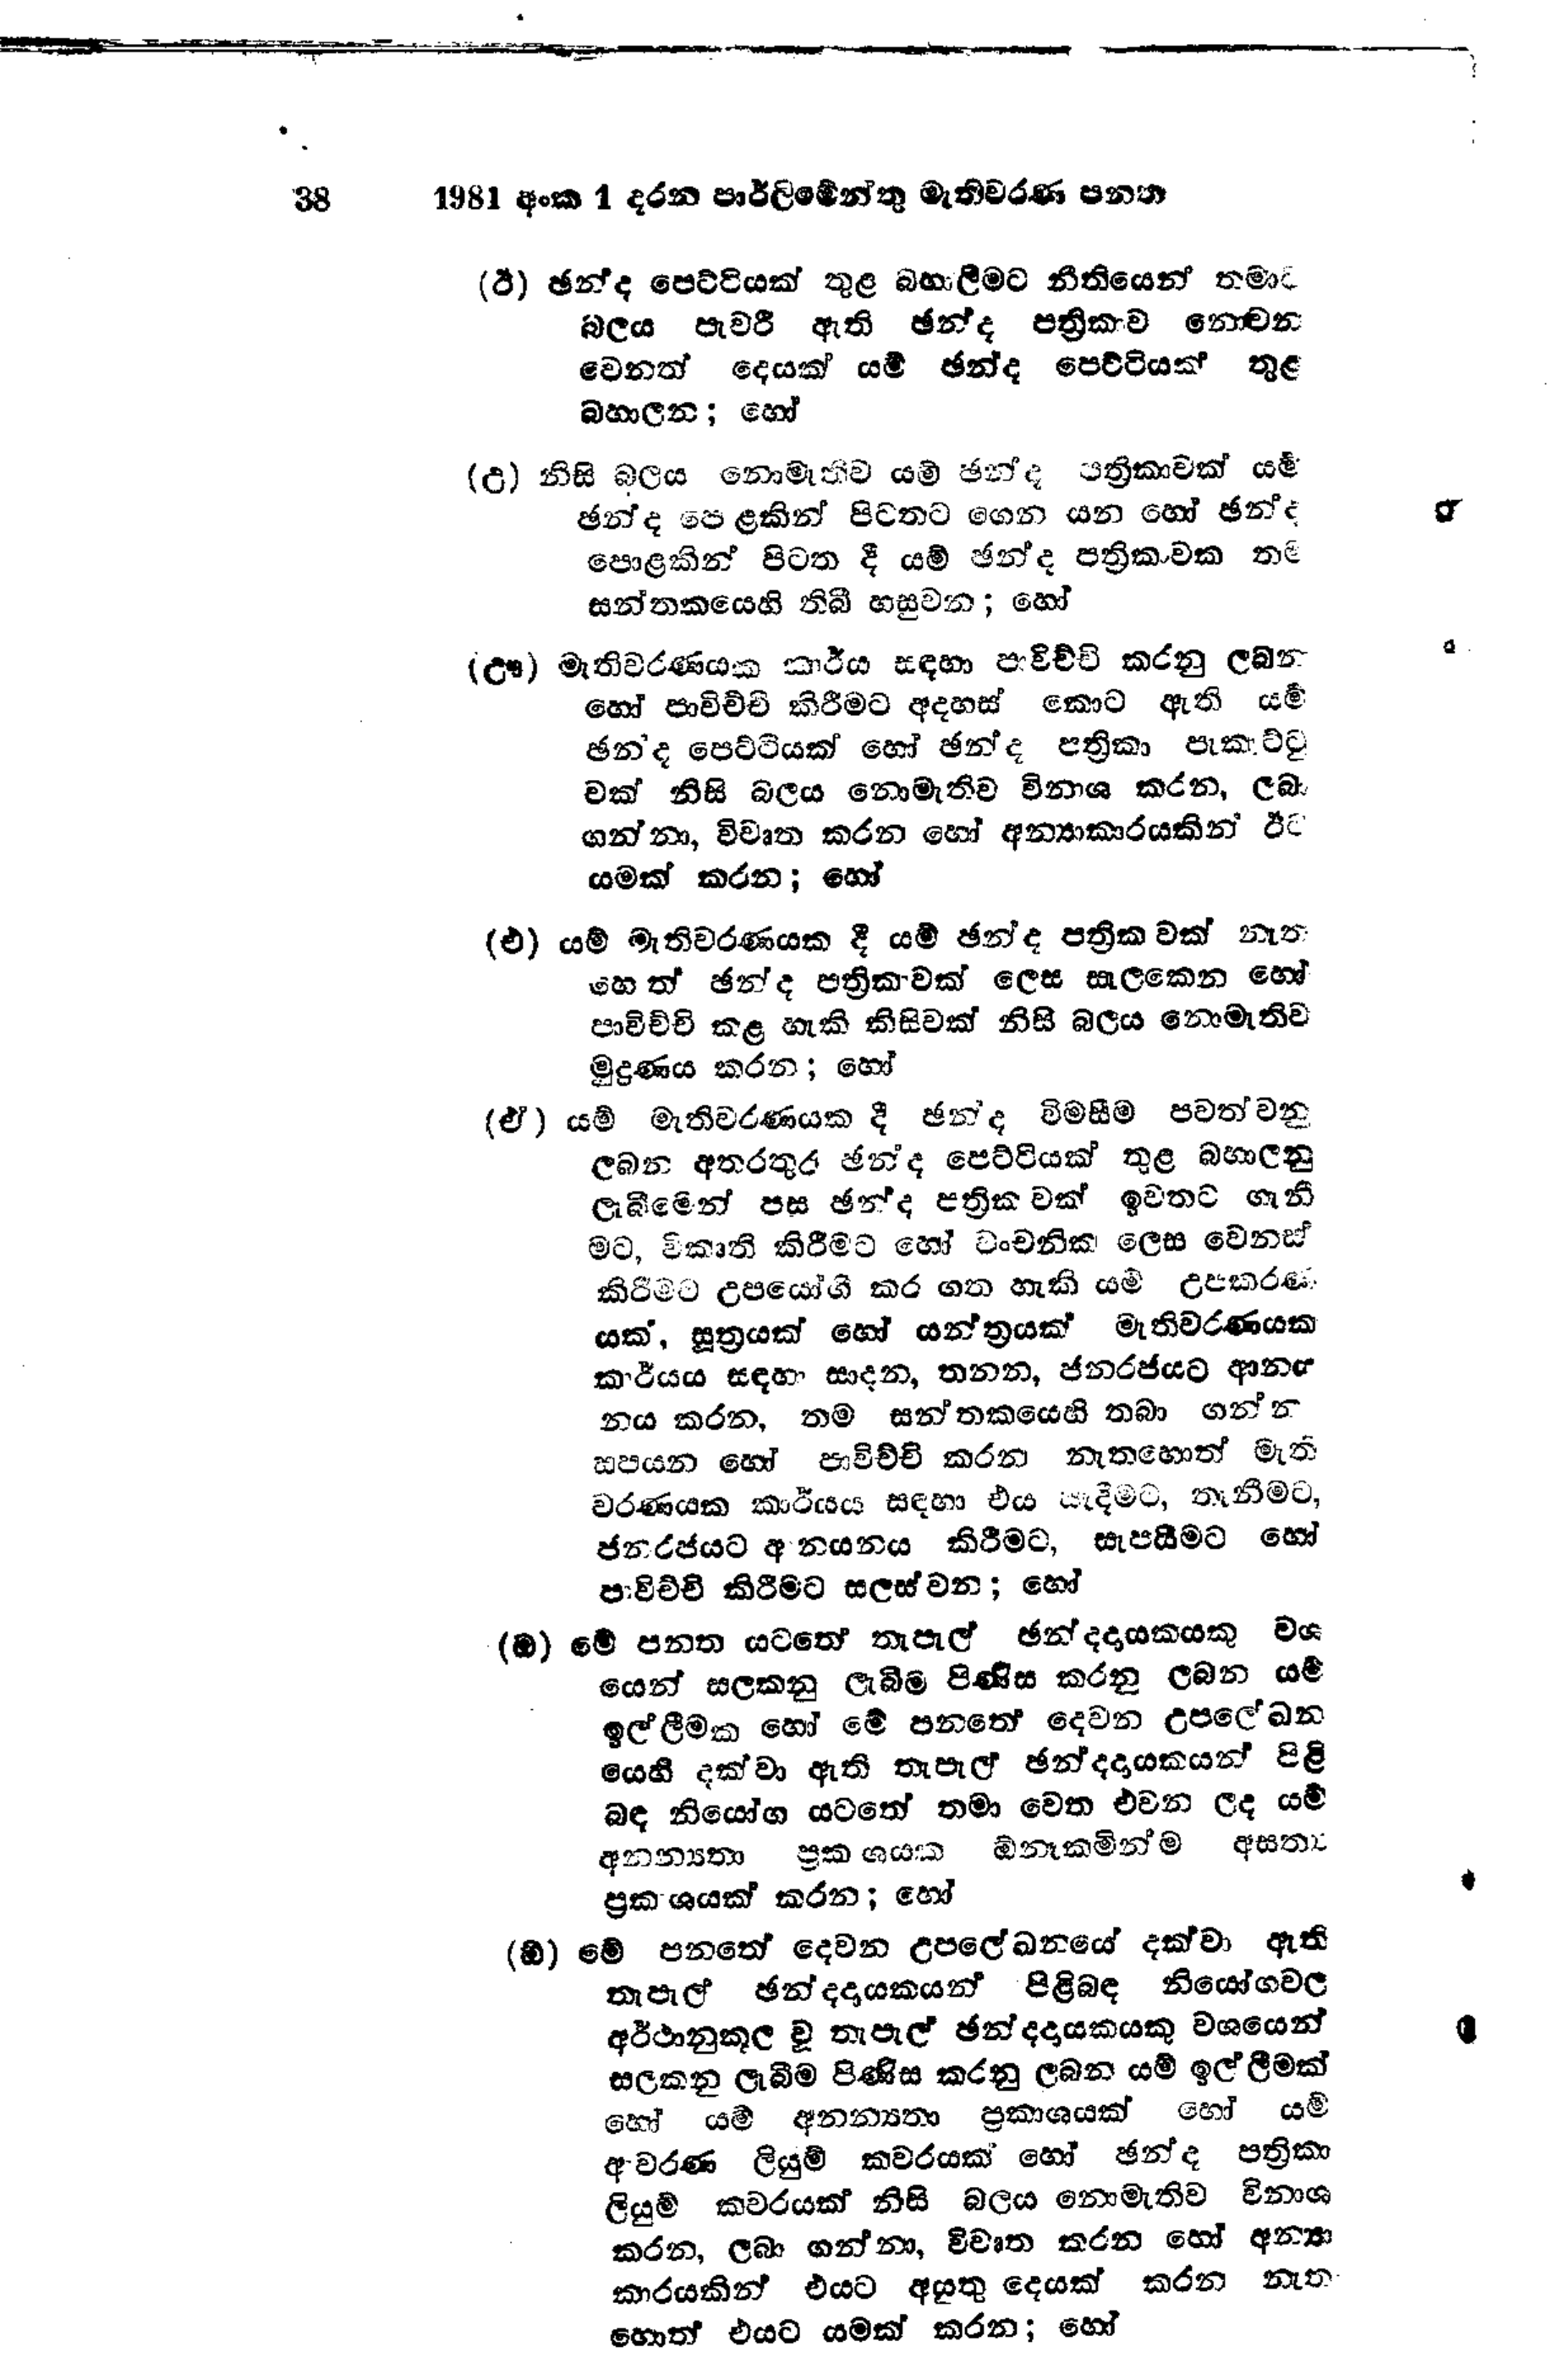
38	1981 අංක 1 දරන පාර්ලිමේන්තු මැතිවරණ පනත

(ඊ) ඡන්ද පෙට්ටියක් තුළ බහාලීමට නීතියෙන් තමාට
බලය පැවරී ඇති ඡන්ද පත්‍රිකාව නොවන
වෙනත් දෙයක් යම් ඡන්ද පෙට්ටියක් තුළ
බහාලන; හෝ

(උ) නිසි බලය නොමැතිව යම් ඡන්ද පත්‍රිකාවක් යම්
ඡන්ද පෙළකින් පිටතට ගෙන යන හෝ ඡන්ද
පොළකින් පිටත දී යම් ඡන්ද පත්‍රිකාවක තම
සන්තකයෙහි තිබී හසු වන; හෝ

(ඌ) මැතිවරණයක කාර්ය සඳහා පාවිච්චි කරනු ලබන
හෝ පාවිච්චි කිරීමට අදහස් කොට ඇති යම්
ඡන්ද පෙට්ටියක් හෝ ඡන්ද පත්‍රිකා පැකට්ටු
වක් නිසි බලය නොමැතිව විනාශ කරන, ලබා
ගන්නා, විවෘත කරන හෝ අන්‍යාකාරයකින් ඊට
යමක් කරන; හෝ

(එ) යම් මැතිවරණයක දී යම් ඡන්ද පත්‍රිකාවක් නැත
හොත් ඡන්ද පත්‍රිකාවක් ලෙස සැලකෙන හෝ
පාවිච්චි කළ හැකි කිසිවක් නිසි බලය නොමැතිව
මුද්‍රණය කරන; හෝ

(ඒ) යම් මැතිවරණයක දී ඡන්ද විමසීම පවත්වනු
ලබන අතරතුර ඡන්ද පෙට්ටියක් තුළ බහාලනු
ලැබීමෙන් පස ඡන්ද පත්‍රිකාවක් ඉවතට ගැනී
මට, විකෘති කිරීමට හෝ වංචනික ලෙස වෙනස්
කිරීමට උපයෝගී කර ගත හැකි යම් උපකරණ
යක්, සූත්‍රයක් හෝ යන්ත්‍රයක් මැතිවරණයක
කාර්යය සඳහා සාදන, තනත, ජනරජයට ආනය
නය කරන, තම සන්තකයෙහි තබා ගන්න
සපයන හෝ පාවිච්චි කරන නැතහොත් මැති
වරණයක කාර්යය සඳහා එය යැදීමට, තැනීමට,
ජනරජයට ආනයනය කිරීමට, සැපයීමට හෝ
පාවිච්චි කිරීමට සලස්වන; හෝ

(ඔ) මේ පනත යටතේ තැපැල් ඡන්දදායකයකු වශ
යෙන් සලකනු ලැබීම පිණිස කරනු ලබන යම්
ඉල්ලීමක හෝ මේ පනතේ දෙවන උපලේඛන
යෙහි දක්වා ඇති තැපැල් ඡන්දදායකයන් පිළි
බඳ නියෝග යටතේ තමා වෙත එවන ලද යම්
අනන්‍යතා ප්‍රකාශයක ඕනෑකමින්ම අසත්‍ය
ප්‍රකාශයක් කරන; හෝ

(ඕ) මේ පනතේ දෙවන උපලේඛනයේ දක්වා ඇති
තැපැල් ඡන්දදායකයන් පිළිබඳ නියෝගවල
අර්ථානුකූල වූ තැපැල් ඡන්දදායකයකු වශයෙන්
සලකනු ලැබීම පිණිස කරනු ලබන යම් ඉල්ලීමක්
හෝ යම් අනන්‍යතා ප්‍රකාශයක් හෝ යම්
ආවරණ ලියුම් කවරයක් හෝ ඡන්ද පත්‍රිකා
ලියුම් කවරයක් නිසි බලය නොමැතිව විනාශ
කරන, ලබා ගන්නා, විවෘත කරන හෝ අන්‍යා
කාරයකින් එයට අයුතු දෙයක් කරන නැත
හොත් එයට යමක් කරන; හෝ